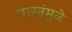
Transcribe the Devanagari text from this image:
वास्तूंमुळे